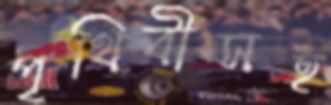
পৃথিবীসহ